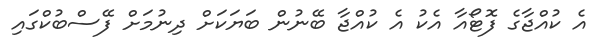
އެ ކުއްޖާގެ ފޮޓޯއާ އެކު އެ ކުއްޖާ ބޭނުން ބަޔަކަށް ދިނުމަށް ފޭސްބުކްގައި